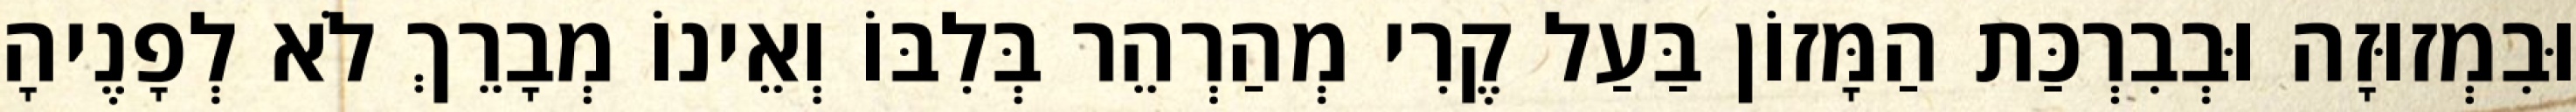
וּבִמְזוּזָה וּבְבִרְכַּת הַמָּזוֹן בַּעַל קֶרִי מְהַרְהֵר בְּלִבּוֹ וְאֵינוֹ מְבָרֵךְ לֹא לְפָנֶיהָ